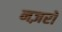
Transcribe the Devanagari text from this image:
नज़रो